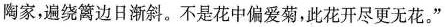
陶家，遍绕篱边日渐斜。不是花中偏爱菊，此花开尽更无花。”